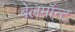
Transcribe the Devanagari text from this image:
बेलमॉन्ट